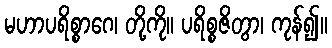
မဟာပရိစ္စာဂေ၊ တို့ကို။ ပရိစ္စဇိတွာ၊ ကုန်၍။